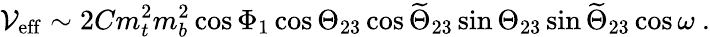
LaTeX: {\cal V}_{\mathrm{eff}}\sim 2Cm_{t}^{2}m_{b}^{2}\cos\Phi_{1}\cos\Theta_{23}\cos\widetilde\Theta_{23}\sin\Theta_{23}\sin\widetilde\Theta_{23}\cos\omega\ .